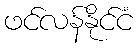
ဖင်လန်နိုင်ငံ